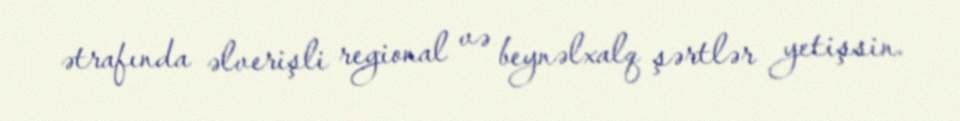
ətrafında əlverişli regional və beynəlxalq şərtlər yetişsin.